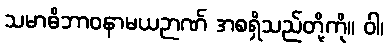
သမာဓိဘာဝနာမယဉာဏ် အစရှိသည်တို့ကို။ ဝါ၊